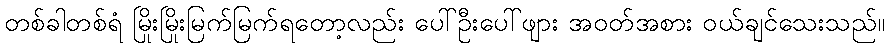
တစ်ခါတစ်ရံ မြိုးမြိုးမြက်မြက်ရတော့လည်း ပေါ်ဦးပေါ်ဖျား အဝတ်အစား ဝယ်ချင်သေးသည်။